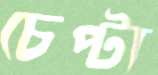
চেপ্টা